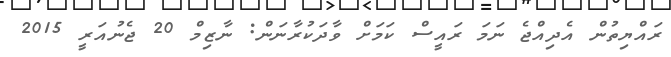
ރައްޔިތުން އެދިއްޖެ ނަމަ ރައީސް ކަމަށް ވާދަކުރާނަން: ނާޒިމް 20 ޖެނުއަރީ 2015